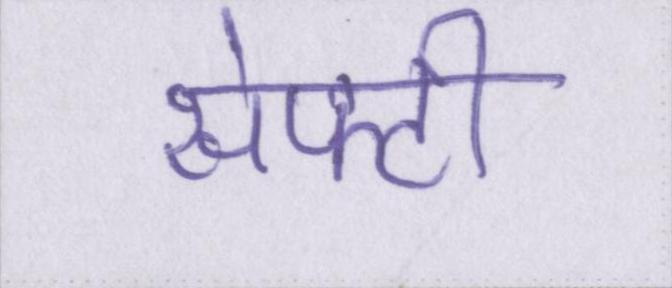
सेफ्टी